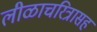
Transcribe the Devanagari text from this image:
लीळाचरित्रासह